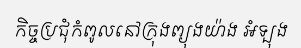
កិច្ចប្រជុំកំពូលនៅក្រុងព្យុងយ៉ាង អំទ្បុង